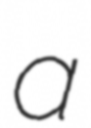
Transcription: a